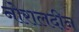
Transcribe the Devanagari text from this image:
नोरालदीन